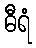
ဓီရံ